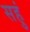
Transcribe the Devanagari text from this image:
सहुं